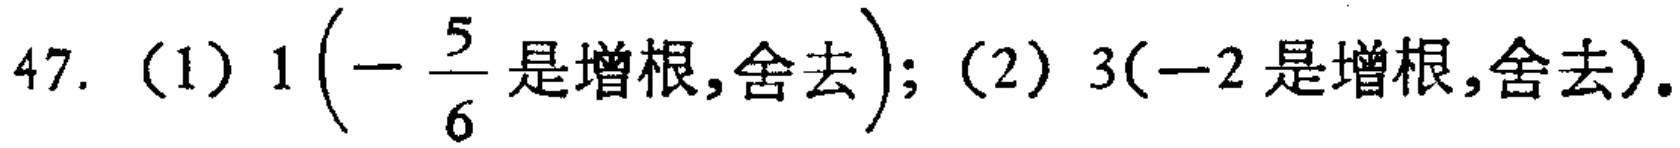
47. （1）$1\left(-\dfrac{5}{6}\text{是增根,舍去}\right)$; （2）$3(-2\text{是增根,舍去})$.